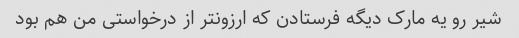
شیر رو یه مارک دیگه فرستادن که ارزونتر از درخواستی من هم بود